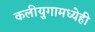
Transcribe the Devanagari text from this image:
कलीयुगामध्येही